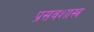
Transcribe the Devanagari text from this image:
प्रसवशास्त्र